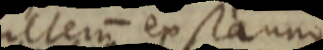
altem extra uno